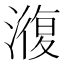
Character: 澓